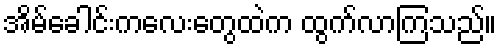
အိမ်ခေါင်းကလေးတွေထဲက ထွက်လာကြသည်။